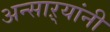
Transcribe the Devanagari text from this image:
अन्साऱ्यांनी